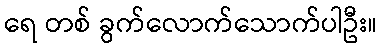
ရေ တစ် ခွက်လောက်သောက်ပါဦး။